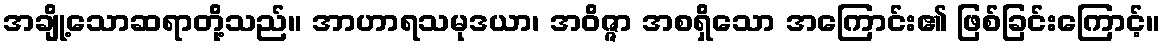
အချို့သောဆရာတို့သည်။ အာဟာရသမုဒယာ၊ အဝိဇ္ဇာ အစရှိသော အကြောင်း၏ ဖြစ်ခြင်းကြောင့်။